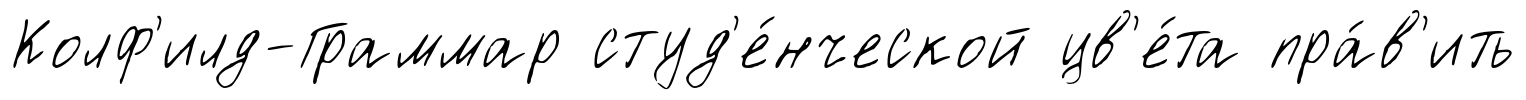
Колф'илд-Граммар студ'е́нческой цв'е́та пра́в'ить